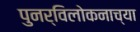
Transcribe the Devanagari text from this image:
पुनर्विलोकनाच्या